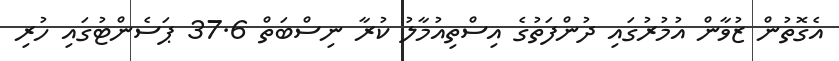
އެގޮތުން ޒުވާން އުމުރުގައި ދުންފަތުގެ އިސްތިއުމާލު ކުރާ ނިސްބަތް 37.6 ޕަސެންޓުގައި ހުރި